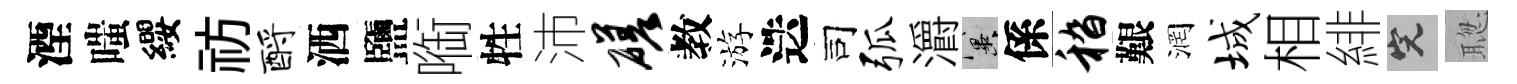
湮嗤纓祊酹洒鹽㗸牲沛磋教游迭司弧灂冀係嵇艱润城相緋完聦